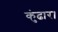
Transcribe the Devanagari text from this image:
कुंढार।